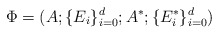
\begin{align*}\Phi=(A; \{E_i\}^d_{i=0}; A^*; \{E^*_i\}^d_{i=0})\end{align*}